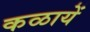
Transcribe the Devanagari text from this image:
कळायें